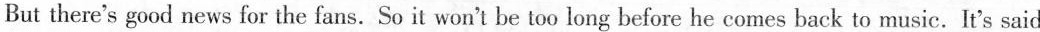
But there's good news for the fans. So it won't be too long before he comes back to music. It's said